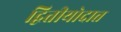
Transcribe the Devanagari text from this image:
द्वितीयोदात्त